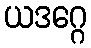
ယဒဂ္ဂေ